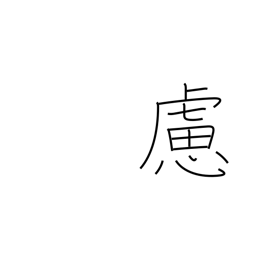
Meaning: prudence